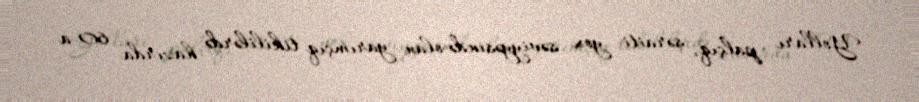
Yolları palçıq, şəraiti yox səviyyəsində olan yarımçıq tikililərdə hazırda 60-a